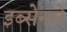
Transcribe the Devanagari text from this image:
इब्सेनने